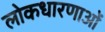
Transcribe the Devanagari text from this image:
लोकधारणाओं